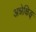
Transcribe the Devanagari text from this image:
अन्नेक्षिङ्